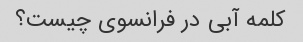
کلمه آبی در فرانسوی چیست؟